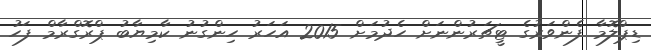
ޑިޕްލޮމާ ފެންވަރުގެ ޓީޗަރުންނަށް ހެދުމަށް 2015 އަހަރު ހިންގުނު ކާމިޔާބު ޕްރޮގްރާމް ފަހު